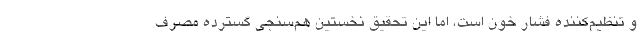
و تنظیم‌کننده فشار خون است، اما این تحقیق نخستین هم‌سنجی گسترده مصرف